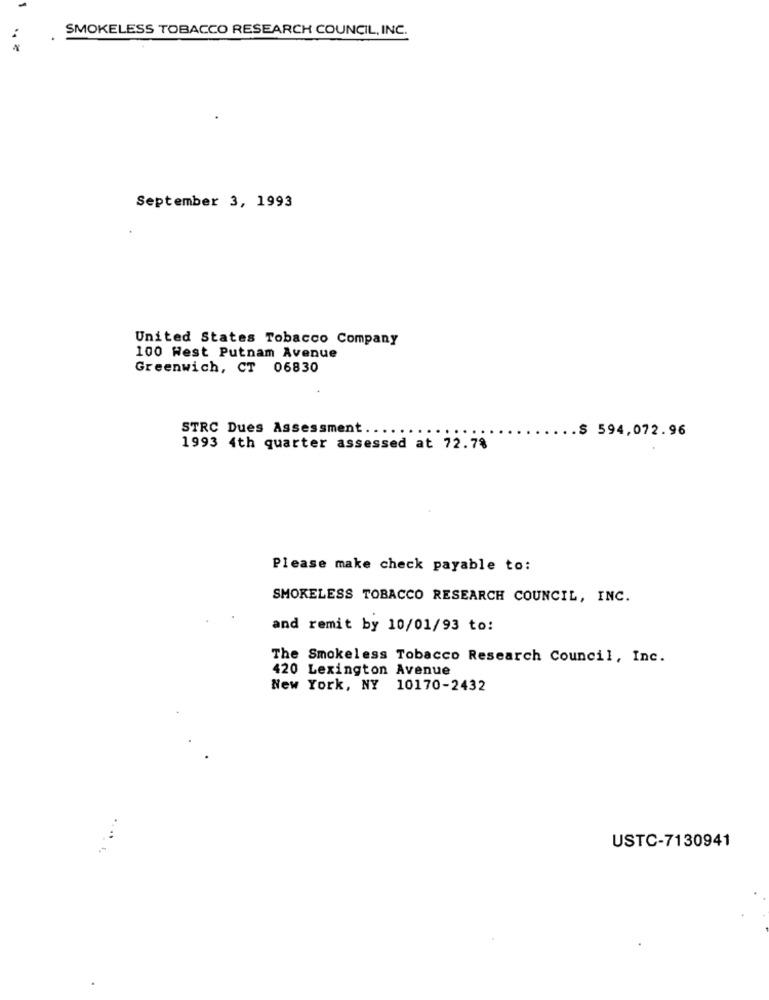
SMOKELESS TOBACCO RESEARCH COUNCIL, INC.
September 3, 1993
United States Tobacco Company
100 West Putnam Avenue
Greenwich, CT 06830
STRC Dues Assessment ...
$ 594,072.96
1993 4th quarter assessed at 72.7%
Please make check payable to:
SMOKELESS TOBACCO RESEARCH COUNCIL, INC.
and remit by 10/01/93 to:
The Smokeless Tobacco Research Council, Inc.
420 Lexington Avenue
New York, NY 10170-2432
USTC-7130941